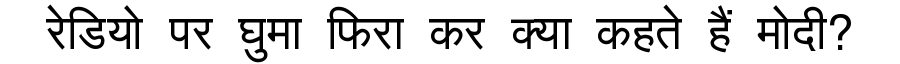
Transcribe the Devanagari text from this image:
रेडियो पर घुमा फिरा कर क्या कहते हैं मोदी?